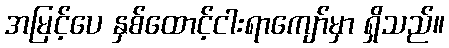
အမြင့်ပေ နှစ်ထောင့်ငါးရာကျော်မှာ ရှိသည်။